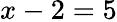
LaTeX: x-2=5